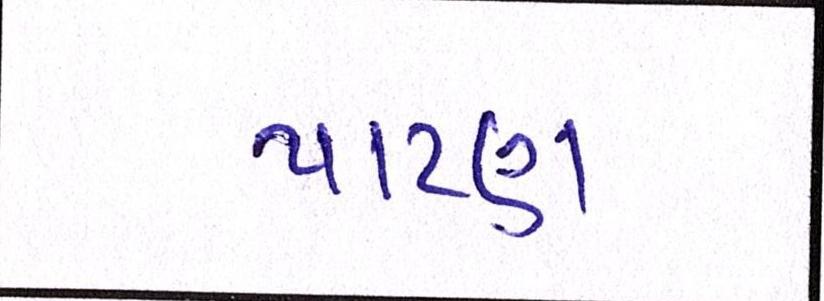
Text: પાટણ